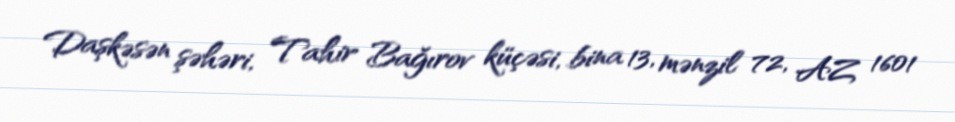
Daşkəsən şəhəri, Tahir Bağırov küçəsi, bina 13, mənzil 72, AZ 1601